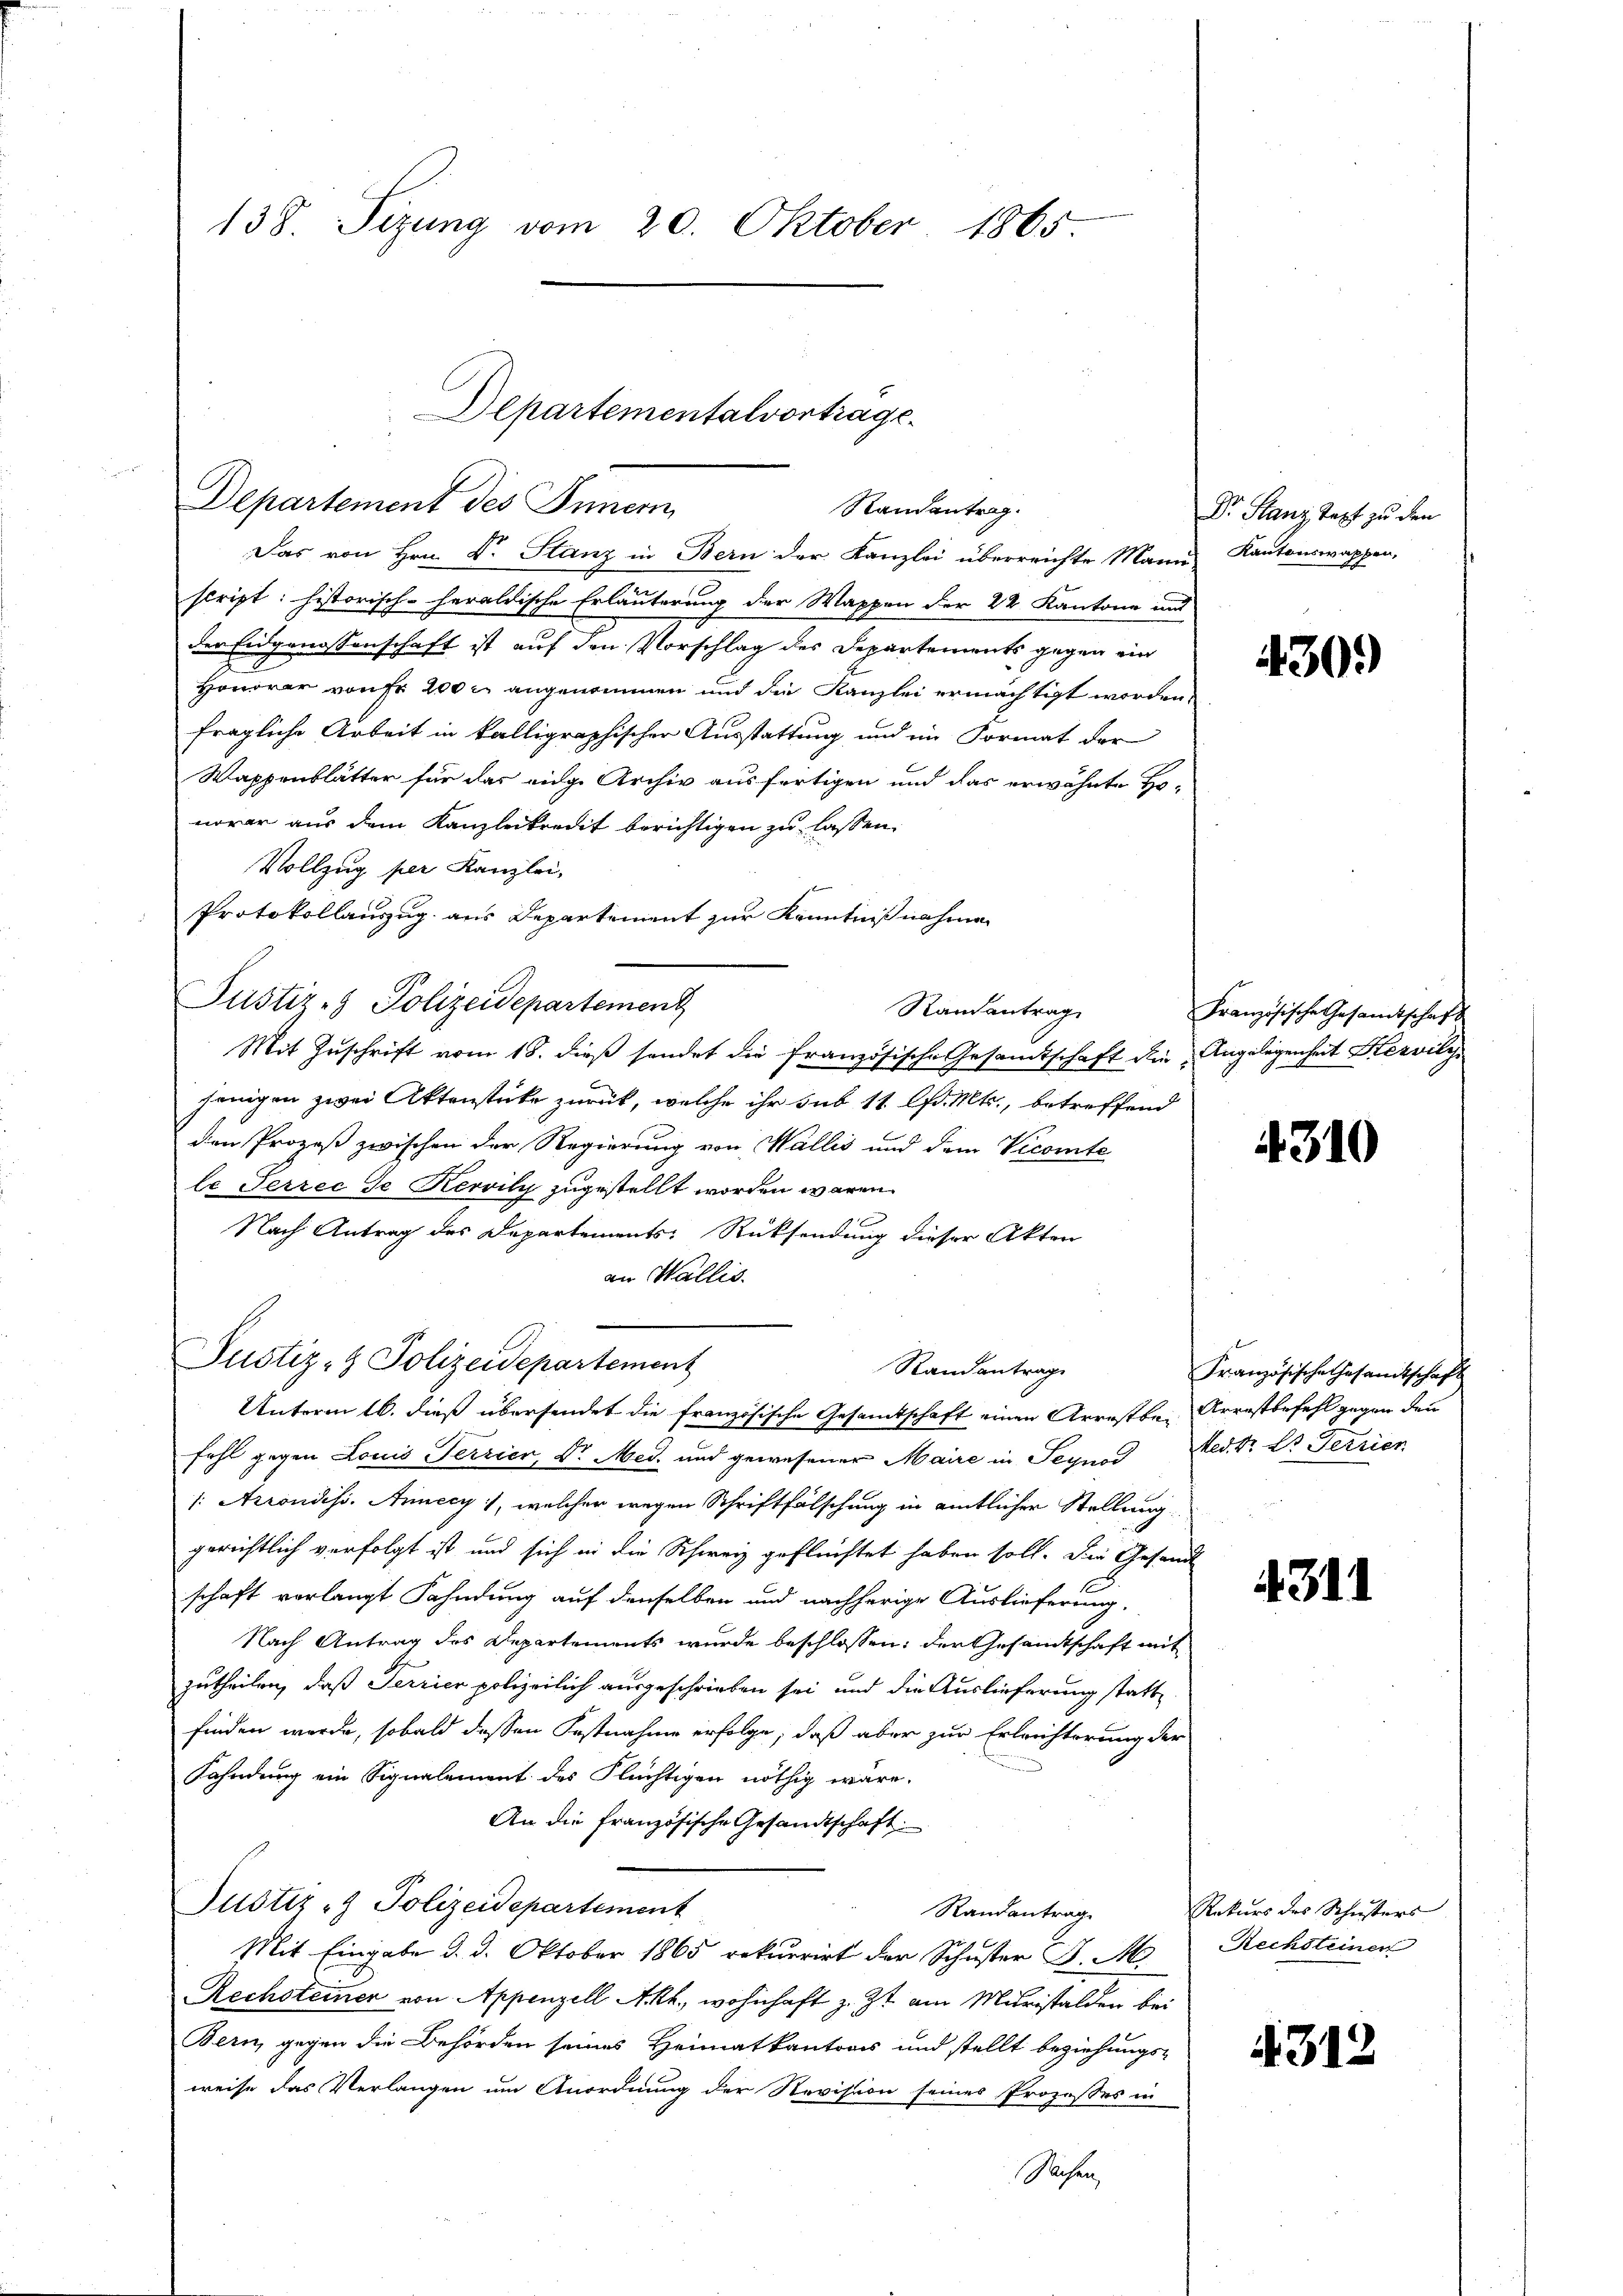
138. Sitzung vom 20. Oktober 1865

Das von Hrn. Dr. Stanz in Bern der Kanzlei überreichte Mann Kantonswappen,
script: historisch-heraldische Erläuterung der Wappen der 22 Kantone und
der Eidgenossenschaft ist auf den Vorschlag des Departements gegen ein
Honorar von fr 200 r. angenommen und die Kanzlei ermächtigt worden.
fragliche Arbeit in kalligraphischer Ausstattung und im Format der
Wappenblätter für das eige Archiv ausfertigen und das erwähnte Honorar aus dem Kanzleikredit berichtigen zu lassen.
Vollzug per Kanzlei,
Protokollauszug aus Departement zur Kenntnißnahmen
Justiz- & Polizeidepartement
Randantrag
Mit Zuschrift vom 18. dieß sendet die französische Gesamtschaft die Angelegenheit Servily
jenigen zwei Aktenstücke zurück, welche ihr sub 11 lfd. Mts., betreffend
den Prozeß zwischen der Regierung von Wallis und dem Vecomte
le Terrec Je Kervily zugestellt worden wären.
u
Nach Antrag des Departements-Rüksendung dieser Akten
an Wallis.
Justiz- & Polizeidepartement
Randantrag
Unterm 16. dieß übersendet die französische Gesamtschaft einen Arrestbe- Arrestbefehl gegen den
fahl gegen Louis Terrier, Dr. Med. und gewesener Maire in Seynod Medtr. Dr Terrier
/: Arrondiss. Annecy), welcher wegen Schriftfälschung in amtlicher Stellung
gerichtlich verfolgt ist und sich in die Schweiz geflüchtet haben soll. Die Gesandt
schaft verlangt Fahndung auf denselben und nachherige Auslieferung,
Nach Antrag des Departements wurde beschlossen: der Gesandtschaft mit
zutheilen, daß Serrier polizeilich ausgeschrieben sei, und die Auslieferung stattfinden werde, sobald dessen Festnahme erfolge, daß aber zur Erleichterung der
Fahndung ein Signalement des Flüchtigen nöthig wäre.
An die französische Gesandtschaft.
Justiz- & Polizeidepartement
Randantrag
Mit Eingabe d. d. Oktober 1865 rekurrirt der Schuster J. M. Rechsteiner
Rechsteiner von Appenzell Akt., wohnhaft z. Zt. am Muristalden bei
Bern, gegen die Behörden seines Heimatkantons und stellt beziehungs-
weise das Verlangen um Anordnung der Revision seines Prozesses in
Sichen

Departementalvortrage.
Departement des Innern
Standentrag.

Dr. Stanz Text zu den

430.

Französische Gesamtschaft

4310

Französische Gesamtschaft

4311

Rekurs des Schusters

4312